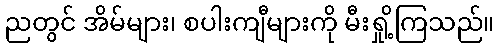
ညတွင် အိမ်များ၊ စပါးကျီများကို မီးရှို့ကြသည်။